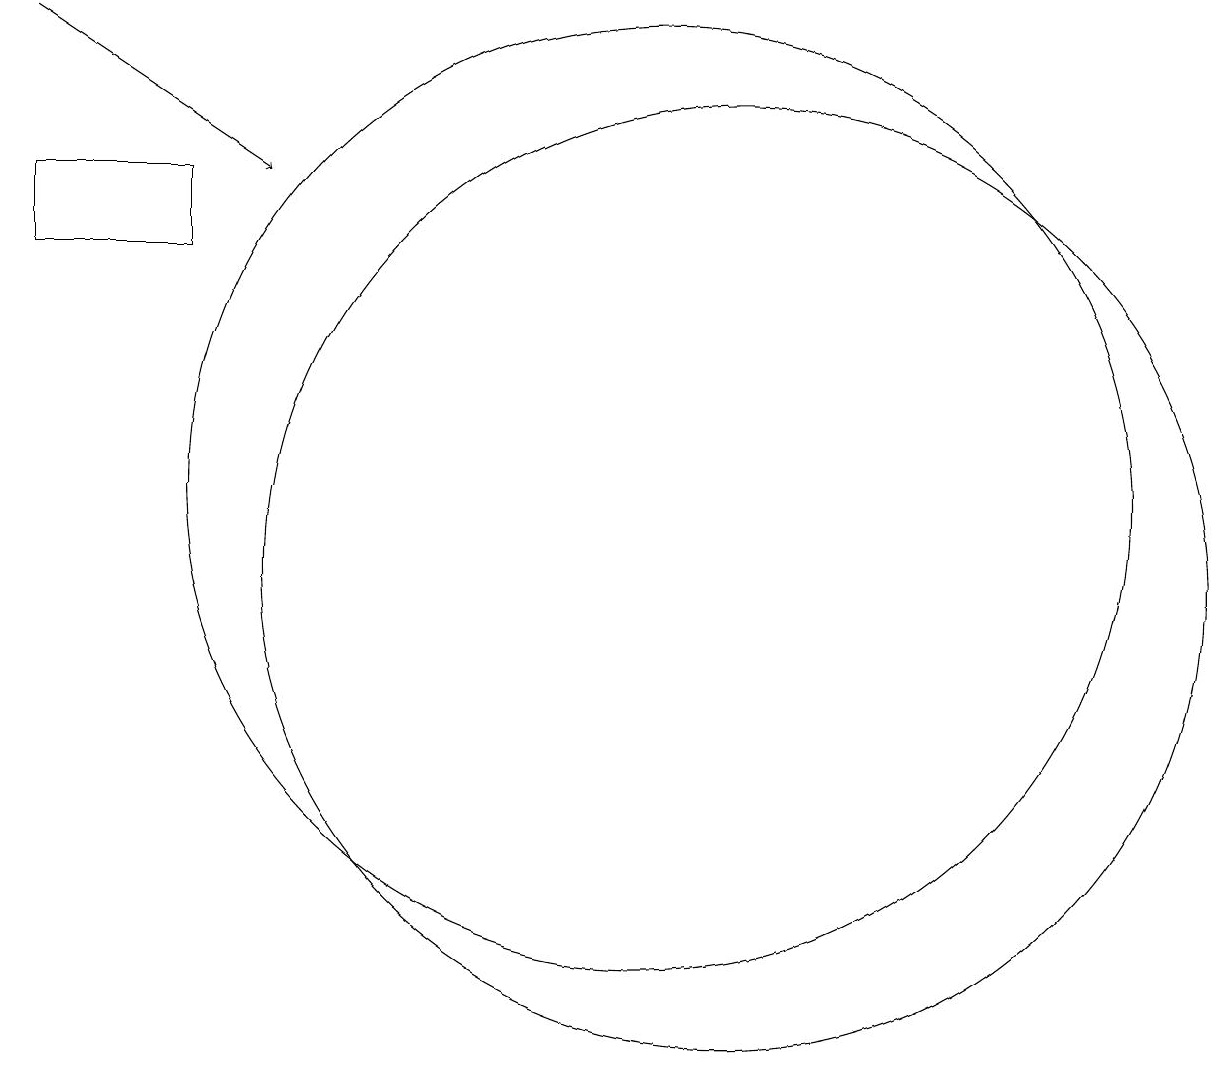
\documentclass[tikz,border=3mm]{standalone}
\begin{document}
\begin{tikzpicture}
\draw (10,12) circle (6);
\draw[->] (2,18) -- (5,16);
\draw (11,11) circle (6);
\draw (2,16) rectangle (4,15);
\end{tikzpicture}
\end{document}